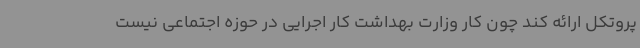
پروتکل ارائه کند چون کار وزارت بهداشت کار اجرایی در حوزه اجتماعی نیست